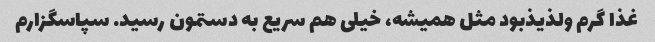
غذا گرم ولذیذبود مثل همیشه، خیلی هم سریع به دستمون رسید. سپاسگزارم